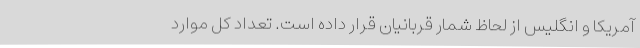
آمریکا و انگلیس از لحاظ شمار قربانیان قرار داده است. تعداد کل موارد